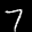
Label: 7